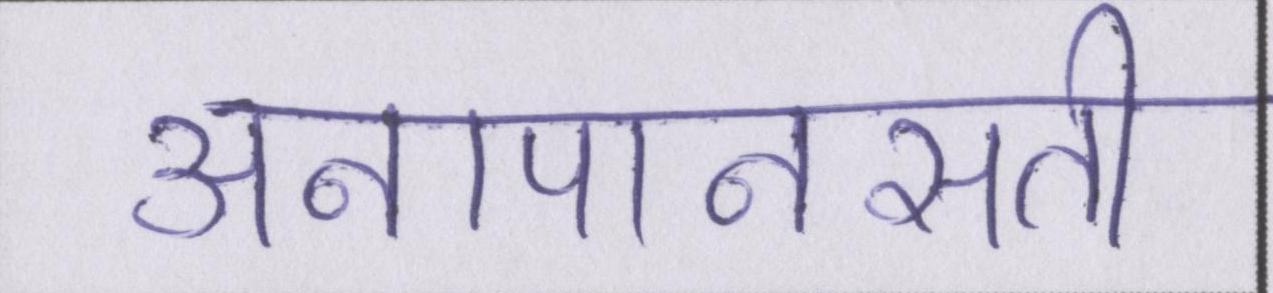
अनापानसती